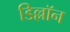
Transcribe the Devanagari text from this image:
डिल्लॉन